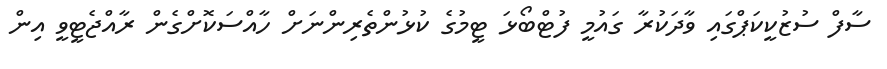
ސާފް ސުޒުކީކަޕްގައި ވާދަކުރާ ގައުމީ ފުޓްބޯޅަ ޓީމުގެ ކުޅުންތެރިންނަށް ހާއްސަކޮށްގެން ރާއްޖެޓީވީ އިން